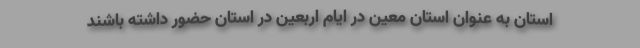
استان به عنوان استان معین در ایام اربعین در استان حضور داشته باشند